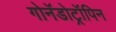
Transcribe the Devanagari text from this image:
गोनॅडोट्रॉपिन